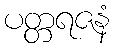
ပတ္တရဇနံ